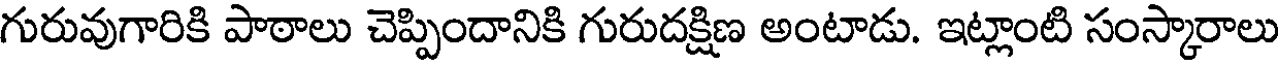
గురువుగారికి పాఠాలు చెప్పిందానికి గురుదక్షిణ అంటాడు. ఇట్లాంటి సంస్కారాలు